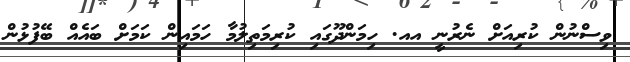
ވިސްނުން ކުރިއަށް ނެރުނީ އއ. ހިމަންދޫގައި ކުރިމަތިލުމާ ހަމައިން ކަމަށް ބައެއް ބޭފުޅުން